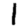
Digit: 1